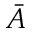
\bar { A }